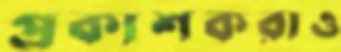
প্রকাশকরাও